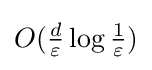
O({\tfrac {d}{\varepsilon }}\log {\tfrac {1}{\varepsilon }})